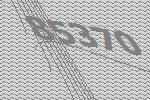
85370